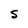
Character: S